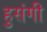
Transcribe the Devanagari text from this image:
हुसंगी